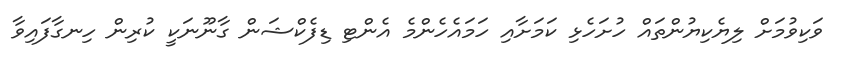
ވަކިވުމަށް ލިޔެކިޔުންތައް ހުށަހެޅި ކަމަށާއި ހަމައެހެންމެ އެންޓި ޑިފެކްޝަން ގާނޫނަކީ ކުރިން ހިނގާފައިވާ